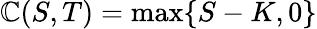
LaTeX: \mathbb{C}(S,T)=\operatorname*{max}\{ S-K,0\}